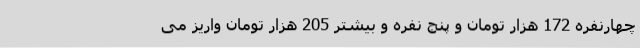
چهارنفره 172 هزار تومان و پنج نفره و بیشتر 205 هزار تومان واریز می